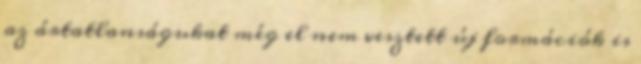
az ártatlanságukat még el nem vesztett új formációk is